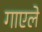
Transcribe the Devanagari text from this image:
गाएले